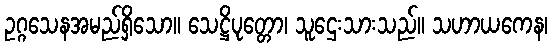
ဥဂ္ဂသေနအမည်ရှိသော။ သေဋ္ဌိပုတ္တော၊ သူဌေးသားသည်။ သဟာယကေန၊